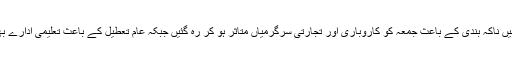
سیول لائنز میں ناکہ بندی کے باعث جمعہ کو کاروباری اور تجارتی سرگرمیاں متاثر ہو کر رہ گئیں جبکہ عام تعطیل کے باعث تعلیمی ادارے بھی بند رہے ۔